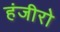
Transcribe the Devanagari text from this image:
हंजीरो